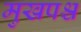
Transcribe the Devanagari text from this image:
मुखपश्च